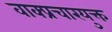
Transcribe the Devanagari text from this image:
वाक्प्रचारयुक्त